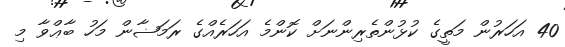
40 އަހަރުން މަތީގެ ކުޅުންތެރިންނަށް ކޮންމެ އަހަރެއްގެ ރަމަޟާން މަހު ބާޢްވާ މި